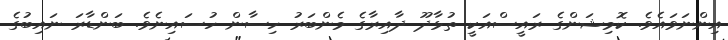
އިންނަވައެވެ. ކޮމިޝަންގެ ރައީސްއަކީ ތުޅާދޫ ދާއިރާގެ މެންބަރު ހިސާން ހުސައިނެވެ. ބަންޑާރަ ނައިބުގެ